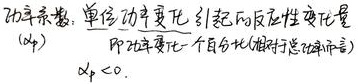
功率系数，单位功率变化引起的反应性变化量\((\alpha_{p})\)，即功率变化一个百分比(相对于总功率而言)，\(\alpha_{p}<0\)